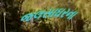
જલસાઘરના